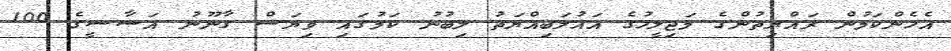
އެހެންކަމުން ރައްޔިތުންގެ މަޖިލީހުގެ އަޣުލަބިއްޔަތު ލިބުނު ކަމުގައި ވިޔަސް ގާނޫނު އަސާސީގެ 100